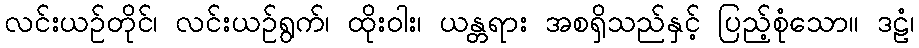
လင်းယဉ်တိုင်၊ လင်းယဉ်ရွက်၊ ထိုးဝါး၊ ယန္တရား အစရှိသည်နှင့် ပြည့်စုံသော။ ဒဠံ၊